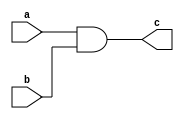
module AND(a,b,c);
input a,b;
output c;
assign c=a&b;
endmodule